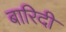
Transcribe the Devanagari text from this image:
बारिदी